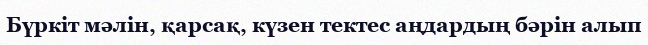
Бүркіт мәлін, қарсақ, күзен тектес аңдардың бәрін алып